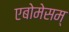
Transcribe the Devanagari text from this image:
एबोमेसम्